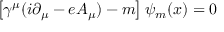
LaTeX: \left[ \gamma ^ { \mu } ( i \partial _ { \mu } - e A _ { \mu } ) - m \right] \psi _ { m } ( x ) = 0